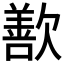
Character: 歚